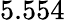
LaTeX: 5.554